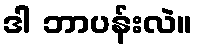
ဒါ ဘာပန်းလဲ။